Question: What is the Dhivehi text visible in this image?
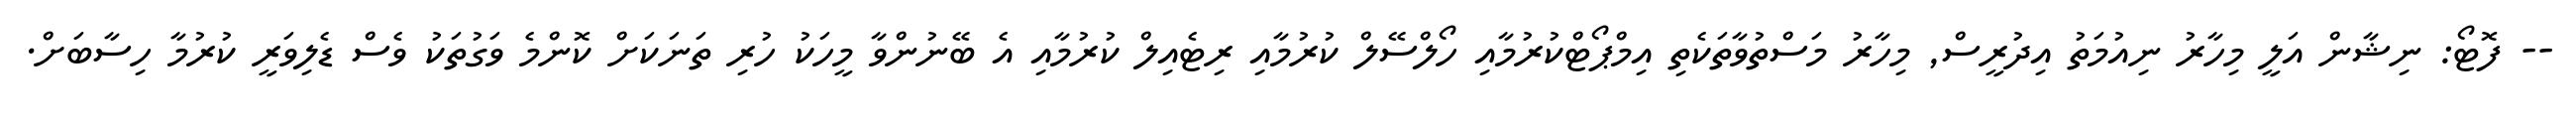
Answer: -- ފޮޓޯ: ނިޝާން އަލީ މިހާރު ނިއުމަތު އިދުރީސް, މިހާރު މަސްތުވާތަކެތި އިމްޕޯޓްކުރުމާއި ހޯލްސޭލް ކުރުމާއި ރިޓެއިލް ކުރުމާއި އެ ބޭނުންވާ މީހަކު ހުރި ތަނަކަށް ކޮންމެ ވަގުތަކު ވެސް ޑެލިވަރީ ކުރުމާ ހިސާބަށް.